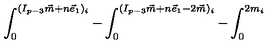
{ \int _ { 0 } ^ { ( I _ { p - 3 } \vec { m } + n \vec { e } _ { 1 } ) _ { i } } - \int _ { 0 } ^ { ( I _ { p - 3 } \vec { m } + n \vec { e } _ { 1 } - 2 \vec { m } ) _ { i } } - \int _ { 0 } ^ { 2 m _ { i } } }